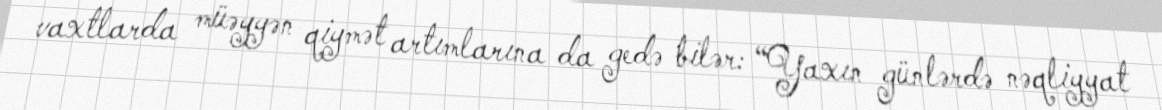
vaxtlarda müəyyən qiymət artımlarına da gedə bilər: “Yaxın günlərdə nəqliyyat